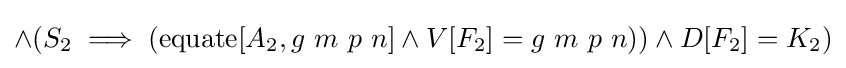
\land (S_{2}\implies (\operatorname {equate} [A_{2},g\ m\ p\ n]\land V[F_{2}]=g\ m\ p\ n))\land D[F_{2}]=K_{2})